Madras plague regulations in force outside the Presidency town - Volume 3
Disease focus: Plague
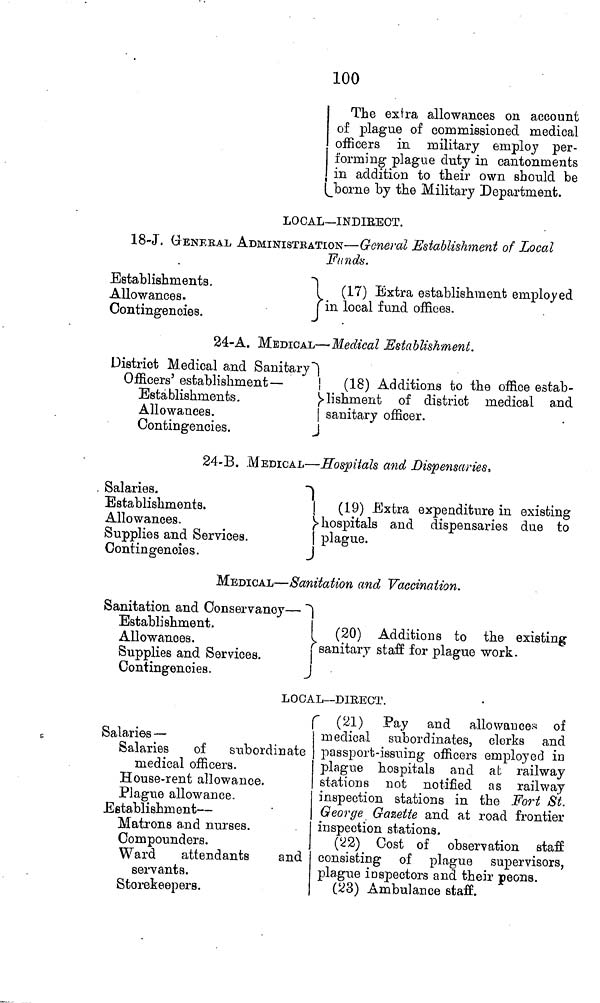
100
The extra allowances on account
of plague of commissioned medical
officers in military employ per-
forming plague duty in cantonments
in addition to their own should be
borne by the Military Department.
LOCAL— INDIRECT.
18-J. GTENEBAL ADMINISTKATION — G-cneml Establishment of Local
Funds.
Establishments.
Allowances.
Contingencies.
(17) Extra establishment employed
in local fund offices.
24-A. MEDICAL — 'Medical Establishment.
District Medical and Sanitary
Officers' establishment —
Establishments.
Allowances.
Contingencies.
(18) Additions to the office estab-
lishment of district medical and
sanitary officer.
24-B. MEDICAL — Hospitals and Dispensaries,
. Salaries.
Establishments.
Allowances.
Supplies and Services.
Contingencies.
(19) Extra expenditure in existing
hospitals and dispensaries due to
plague.
MEDICAL — Sanitation and Vaccination.
Sanitation and Conservancy —
Establishment.
Allowances.
Supplies and Services.
Contingencies.
(20) Additions to the existing
sanitary staff for plague work.
LOCAL— DIRECT.
Salaries —
Salaries
of subordinate
medical officers.
House-rent allowance.
Plague allowance.
Establishment —
Matrons and nurses.
Compounders.
Ward
attendants
and
servants.
Storekeepers.
(21) Pay and allowances of
medical subordinates, clerks and
passport-issuing officers employed in
plague hospitals and at railway
stations not notified as railway
inspection stations in the Fort St.
George Gazette and at road frontier
inspection stations.
(22) Cost of observation staff
consisting of plague supervisors,
plague inspectors and their peons.
(23) Ambulance staff.